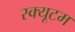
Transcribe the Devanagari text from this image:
स्क्यूटम